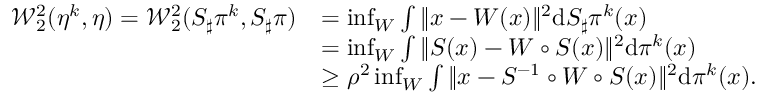
\begin{array} { r l } { \mathcal { W } _ { 2 } ^ { 2 } ( \eta ^ { k } , \eta ) = \mathcal { W } _ { 2 } ^ { 2 } ( S _ { \sharp } \pi ^ { k } , S _ { \sharp } \pi ) } & { = \operatorname* { i n f } _ { W } \int \| x - W ( x ) \| ^ { 2 } \mathrm { d } S _ { \sharp } \pi ^ { k } ( x ) } \\ & { = \operatorname* { i n f } _ { W } \int \| S ( x ) - W \circ S ( x ) \| ^ { 2 } \mathrm { d } \pi ^ { k } ( x ) } \\ & { \ge \rho ^ { 2 } \operatorname* { i n f } _ { W } \int \| x - S ^ { - 1 } \circ W \circ S ( x ) \| ^ { 2 } \mathrm { d } \pi ^ { k } ( x ) . } \end{array}